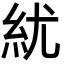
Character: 紌